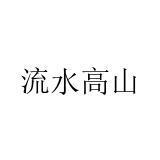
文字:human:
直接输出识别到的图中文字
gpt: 流水高山